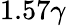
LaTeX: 1.57\gamma